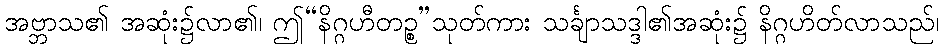
အဗ္ဘာသ၏ အဆုံး၌လာ၏၊ ဤ“နိဂ္ဂဟီတဉ္စ”သုတ်ကား သင်္ချာသဒ္ဒါ၏အဆုံး၌ နိဂ္ဂဟိတ်လာသည်၊